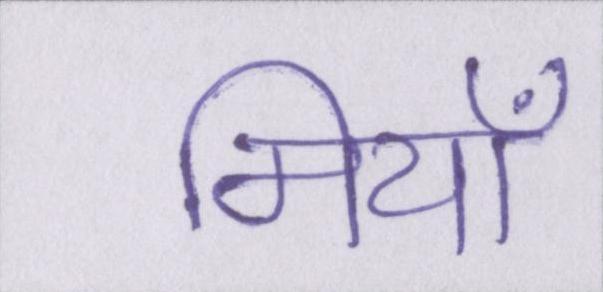
मियाँ